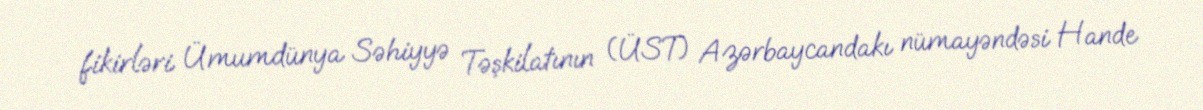
fikirləri Ümumdünya Səhiyyə Təşkilatının (ÜST) Azərbaycandakı nümayəndəsi Hande